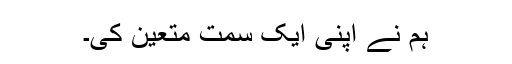
ہم نے اپنی ایک سمت متعین کی۔